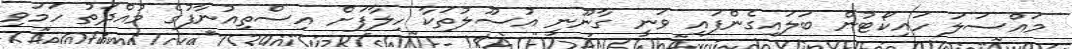
މައްސަލަ ހައިކޯޓުން ބަލައިގެންފައި ވަނީ ގާނޫނީ އުސޫލުތަކާ ހިލާފަށް އިސްތިއުނާފުގެ މުއްދަތު ހަމަވި